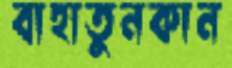
বাহাতুনকান